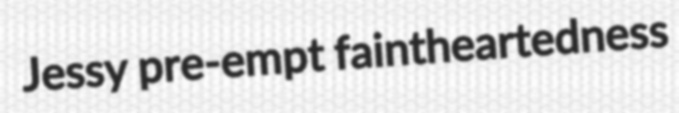
Jessy pre-empt faintheartedness